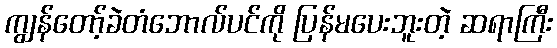
ကျွန်တော့်ခဲတံဘောလ်ပင်ကို ပြန်မပေးဘူးတဲ့ ဆရာကြီး